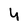
Character: 4